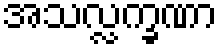
အသလ္လက္ခဏာ